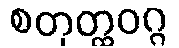
စတုတ္ထဝဂ္ဂ